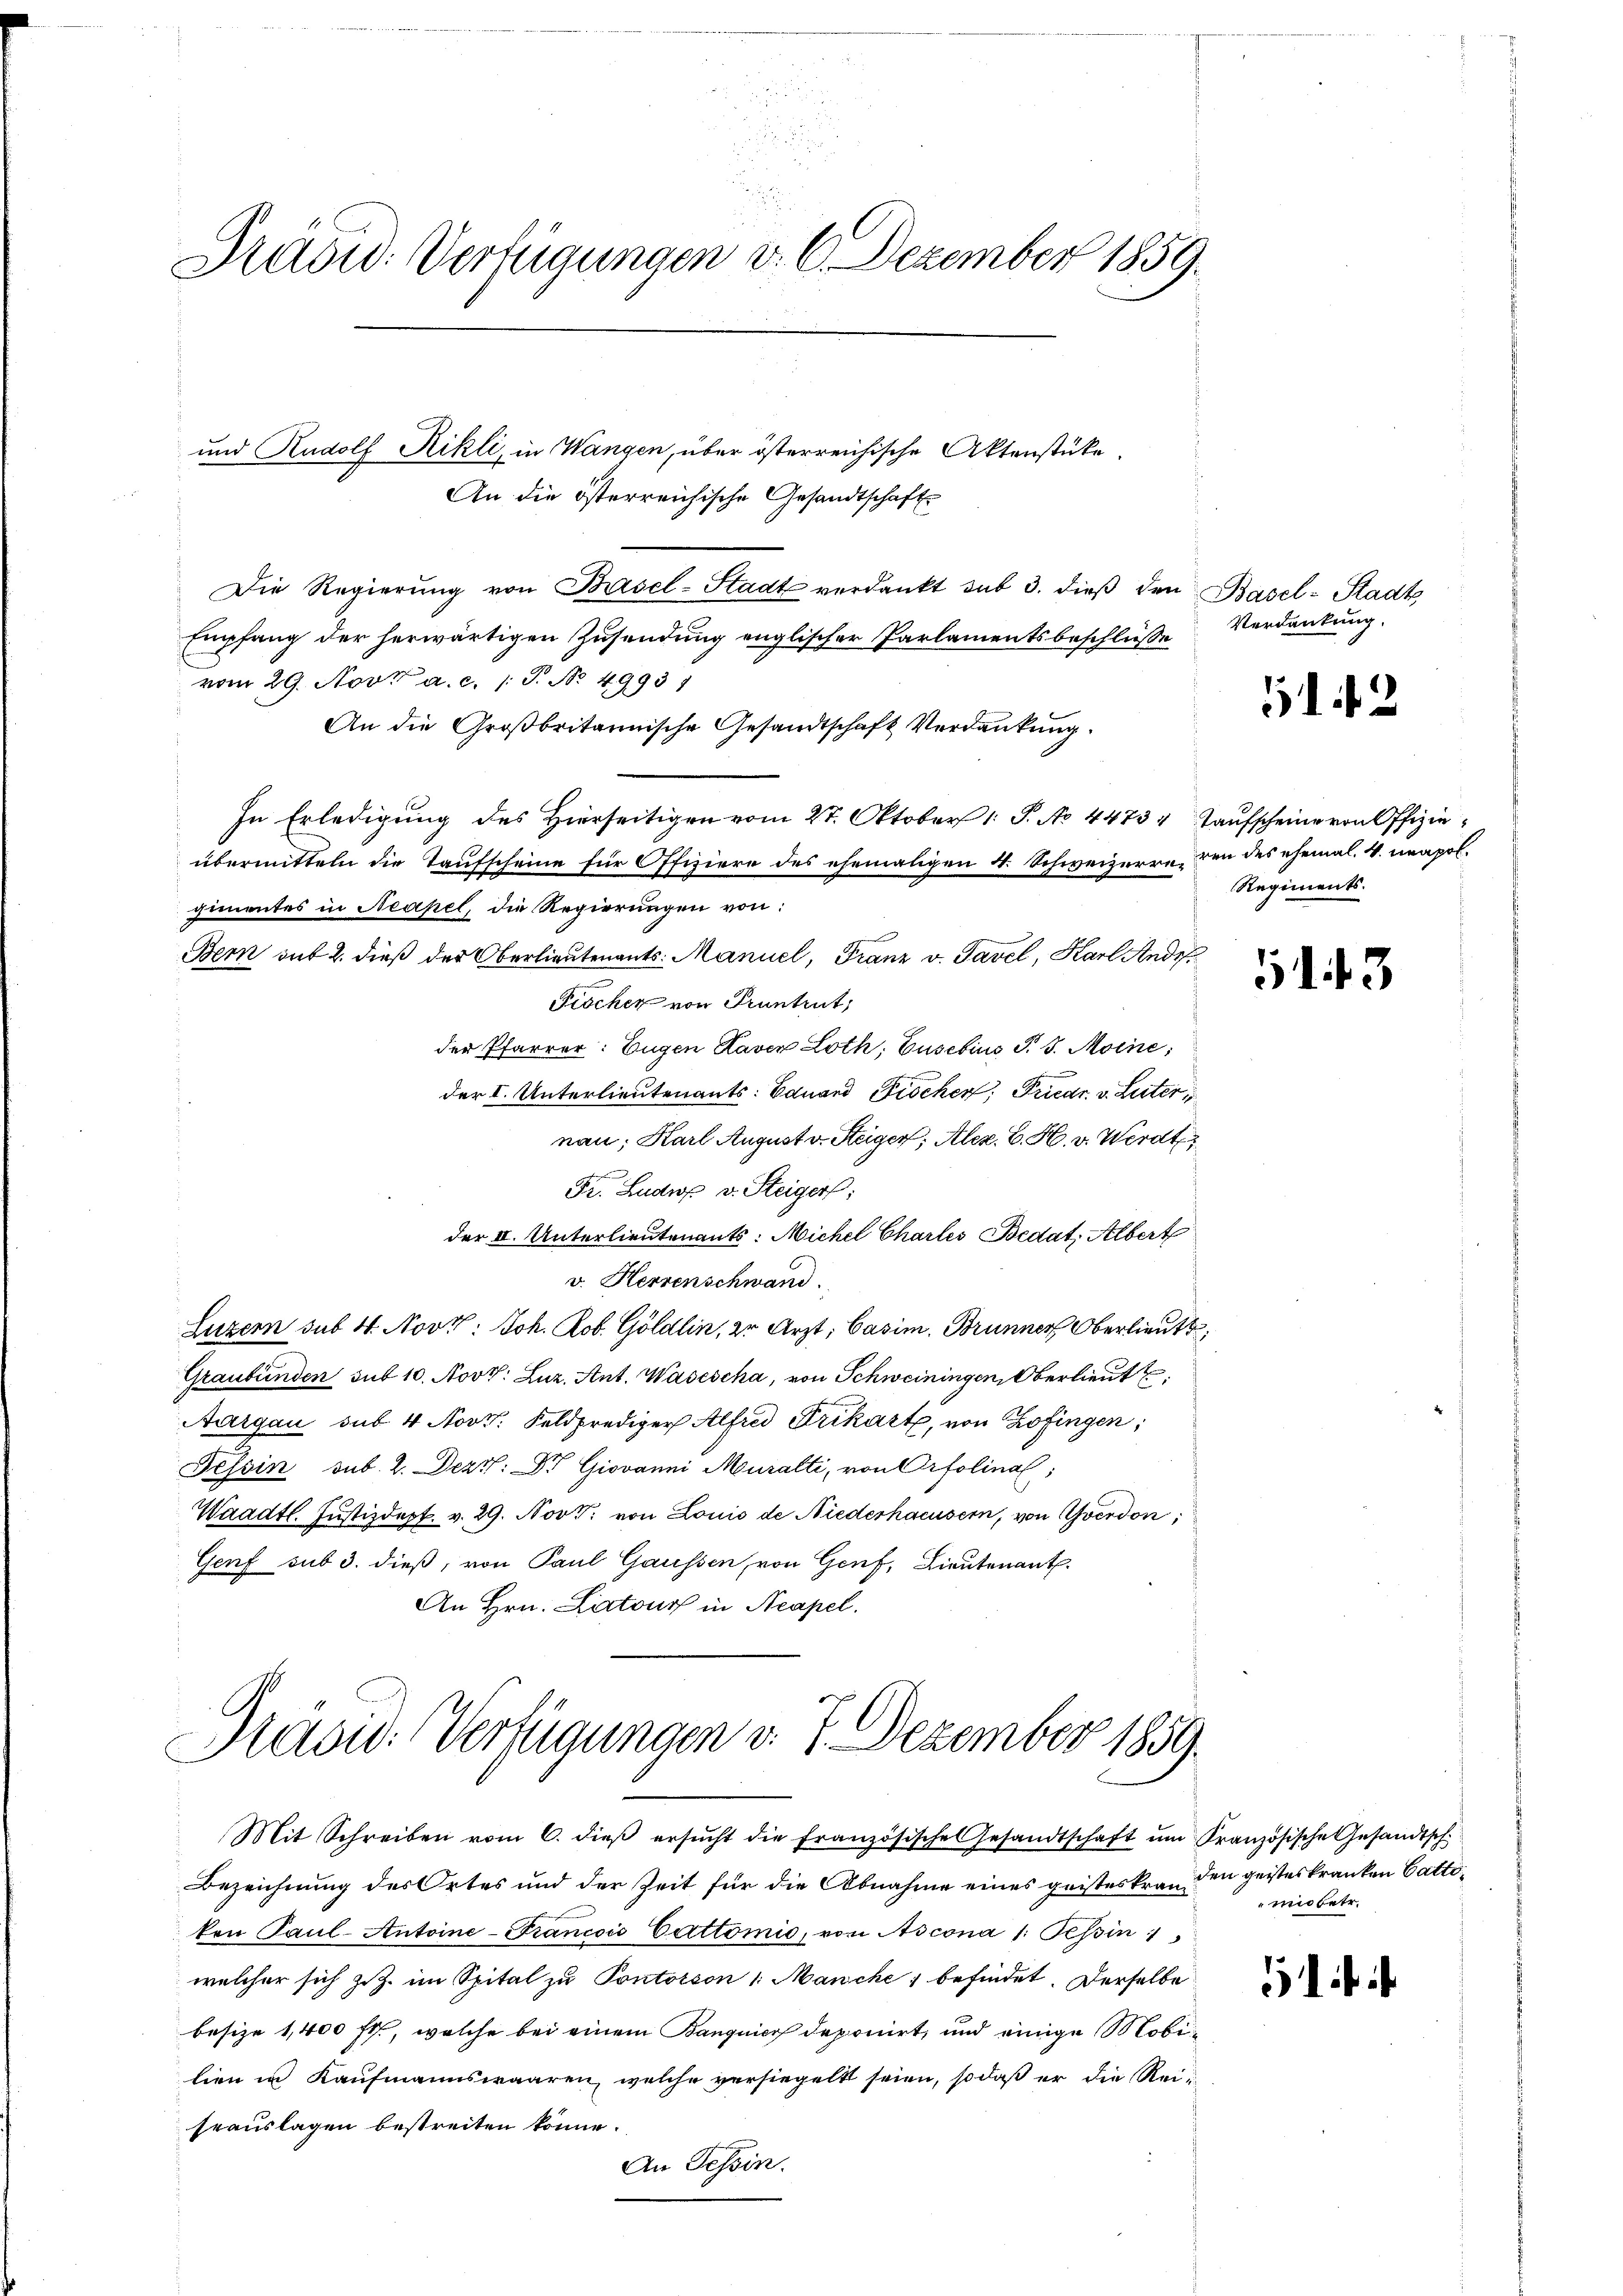
Prasw: Verfügungen v. 6. Dezember 1859.

und Rudolf Rikli, in Wangen, über österreichische Aktenstücke.
An die österreichische Gesandtschaft
Die Regierŭng von Basel-Stadt verdankt sub 3. dieβ den Basel-Stadts
Empfang der herwärtigen Zusendung englischer Parlamentsbeschlüsse
vom 29. Nov. a. c. 1 S. No. 49931
An die Großbritannische Gesandtschaft Verdankung.
In Erledigung des Hierseitigen vom 27. Oktober 1. P. No 4473, Taufscheine von Offizieübermitteln die Taufscheine für Offiziere des ehemaligen 4. Schweizerre, den des ehemal. 4. neapol.
gimentes in Neapel, die Regierungen von:
Bern auf 2. dieß der Oberlieutenants: Manuel, Franz v. Tavel, Karl Andr
Fischer von Pruntrut,
der Pfarrer. Eugen Kaver Loth, Gusebius P. J. Moine;
der I. Unterlieutenants: Eduard Fischer, Friedr. v. Luter
nau; Karl August v. Steiger, Alez. B. H. v. Werdt
Fr. Luder v. Steiger:
der II. Unterlieutenants: Michel Charles Bedat, Albert
v. Herrenschwand.
Luzern sub. 4. Novt: Joh. Rob. Göldlin, er Arzt; Casim. Brunner Oberlieute,
Graubünden sub 10. Nov. Luz. Ant. Wasescha, von Schweiningen, Oberlieut
Aargau sub 4 Nov. Feldprediger Alfred Frikart, von Zofingen,
Tessin sub. 2. Dezt: Dr Giovanni Muralti, von Ortolinal
Waadt. Justizdept. v. 29. Nov. von Louis de Niederhocusern, von Yverdon,
Genf sub 3. dieß, von Paul Gaussen, von Genf, Lieutenant.
An Hrn. Latours in Neapel.

Mit Schreiben vom 6. dieβ ersŭcht die französische Gesandtschaft ŭm Französische Gesandtsch
Bezeichnung des Ortes und der Zeit für die Abnahme eines geisteskran den geisteskranken Gattiten Paul- Antoine-Francois Cattomie, von Ascona /: Tessin
welcher sich z. Z. im Spital zu Pontotson 1. Manche befindet. Derselbe
besize 1,400 fl., welche bei einem Banquier deponirt, und einige Mobilien in Kaufmannswaaren, welche versiegelt seien, so daß er die Reiheauslagen bestreiten könne.
An Tessin.

Pavid: Verfügungen d. 7. Dezember 1859.

Verdankung.

51. 42

Regiments.

51 f. 3

unbetr.

51